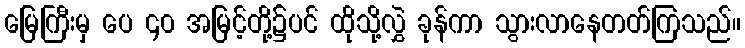
မြေကြီးမှ ပေ ၄၀ အမြင့်တို့၌ပင် ထိုသို့လွှဲ ခုန်ကာ သွားလာနေတတ်ကြသည်။